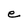
Character: e